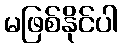
မဖြစ်နိုင်ပါ